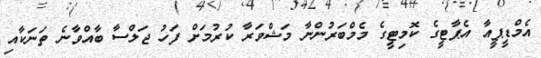
އެމްޑީޕީއާ އެޕާޓީގެ ކޮމިޓީގެ މެމްބަރުންނާ މަޝްވަރާ ކުރުމަށް ފަހު ޖަލްސާ ބާއްވާނެ ތަނަކާއި